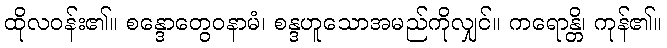
ထိုလဝန်း၏။ စန္ဒောတွေဝနာမံ၊ စန္ဒဟူသောအမည်ကိုလျှင်။ ကရောန္တိ၊ ကုန်၏။